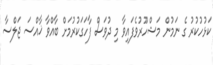
ކަޅުހުކުރު ގެ ނަމުން މަޝްހޫރުވެފައިވާ މި ދުވަސް ފާހަގަކުރުމަށް ބާއްވާ ޚާއްސަ ޖަލްސާ